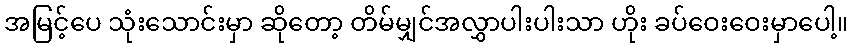
အမြင့်ပေ သုံးသောင်းမှာ ဆိုတော့ တိမ်မျှင်အလွှာပါးပါးသာ ဟိုး ခပ်ဝေးဝေးမှာပေါ့။